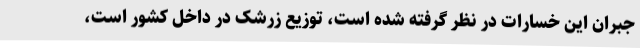
جبران این خسارات در نظر گرفته شده است، توزیع زرشک در داخل کشور است،